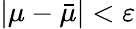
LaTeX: |\mu-\bar{\mu}|<\varepsilon